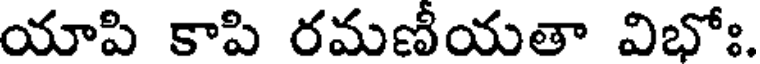
యాపి కాపి రమణీయతా విభోః.